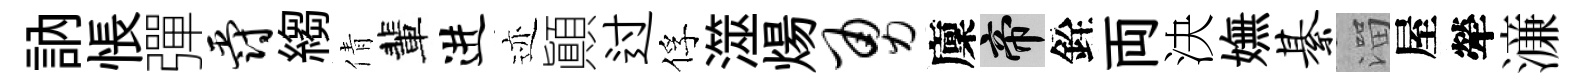
訥悵彈爵縐倩輩进迹顚过俘澨煬勇廩帝銓両決嫵綦溜屋犖濓